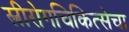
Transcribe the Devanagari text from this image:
स्त्रीरोगचिकित्सेचा